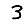
Digit: 3